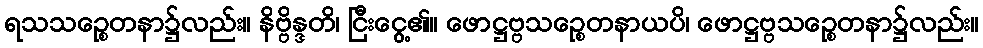
ရသသဉ္စေတနာ၌လည်း။ နိဗ္ဗိန္ဒတိ၊ ငြီးငွေ့၏။ ဖောဋ္ဌဗ္ဗသဉ္စေတနာယပိ၊ ဖောဋ္ဌဗ္ဗသဉ္စေတနာ၌လည်း။